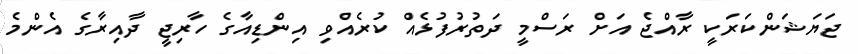
ޖަޔަޝަންކަރަކީ ރާއްޖެ އަށް ރަސްމީ ދަތުރުފުޅެއް ކުރެއްވި އިންޑިއާގެ ހާރިޖީ ދާއިރާގެ އެންމެ